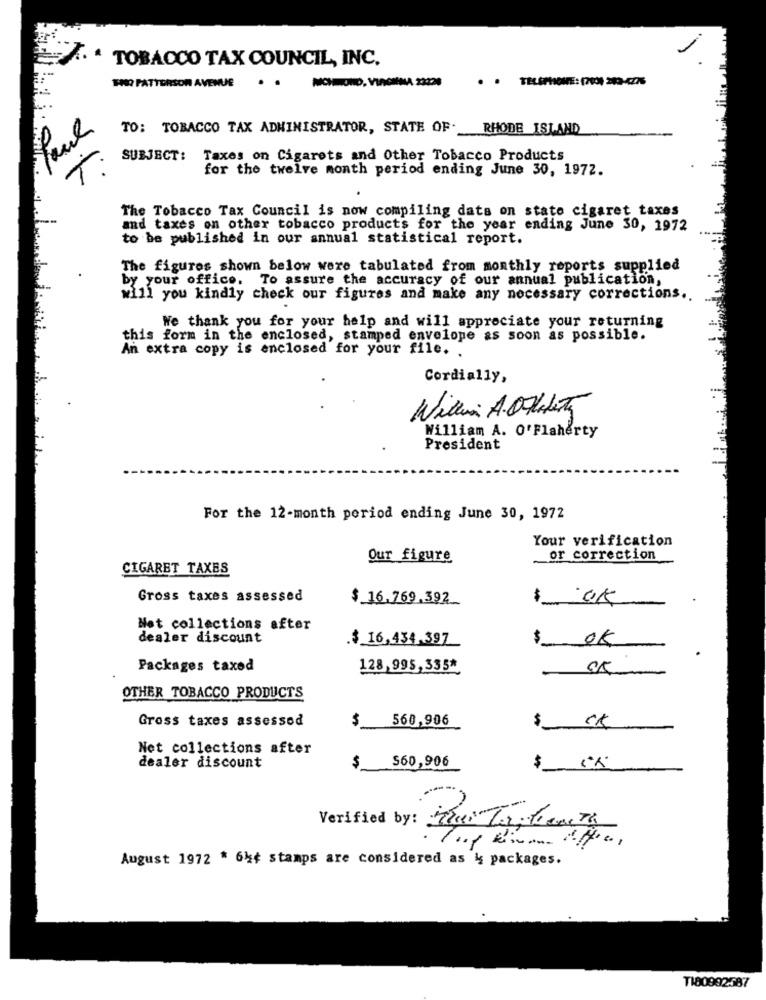
TOBACCO TAX COUNCIL, INC.
MICHIONO, VINCHINA 23220
. . TELEPHONE: (7004 282-4276
FOR PATTERSON AVENUE
Rul
TO: TOBACCO TAX ADMINISTRATOR, STATE OF.
RHODE ISLAND
T
SUBJECT: Taxes on Cigarets and Other Tobacco Products
for the twelve month period ending June 30, 1972.
The Tobacco Tax Council is now compiling dats on stato cigaret taxes
and taxes on other tobacco products for the year ending June 30, 1972
to be published in our annual statistical report.
The figures shown below were tabulated from monthly reports supplied
by your office. To assure the accuracy of our annual publication,
will you kindly check our figures and make any necessary corrections ..
We thank you for your help and will appreciate your returning
this form in the enclosed, stamped envelope as soon as possible.
An extra copy is enclosed for your file. .
Cordially,
Willi A. Orienta
William A. O'Flaherty
President
For the 12-month period ending June 30, 1972
Your verification
Our figure
or correction
CIGARET TAXES
Gross taxes assessed
$ 16.769.392
Net collections after
dealer discount
.$ 16,434.397
$
OK
Packages taxed
128,995,335*
OTHER TOBACCO PRODUCTS
Gross taxes assessed
$
560,906
$.
CK
Net collections after
S60,906
dealer discount
$
$
Verified by: Theer Ter: Fient
August 1972 * 64¢ stamps are considered as & packages.
TI80992587